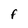
Character: F